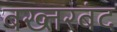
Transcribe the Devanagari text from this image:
बख्‍तरबंद